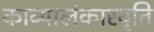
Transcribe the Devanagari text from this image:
काव्यालंकारवृति